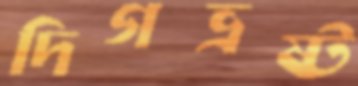
দিগভ্রষ্ট